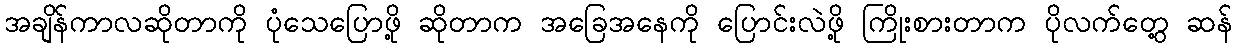
အချိန်ကာလဆိုတာကို ပုံသေပြောဖို့ ဆိုတာက အခြေအနေကို ပြောင်းလဲဖို့ ကြိုးစားတာက ပိုလက်တွေ့ ဆန်